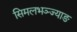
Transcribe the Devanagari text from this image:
सिमलभञ्ज्याङ